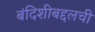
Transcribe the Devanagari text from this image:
बंदिशीबद्दलची